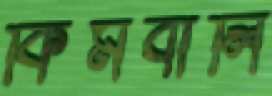
কিমবার্লি